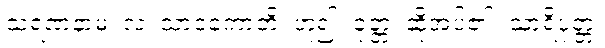
သရဏံနာမ၊ လ၊ သာဝကောတိ၊ ဟူ၍။ ဝုတ္တံ၊ ဆိုအပ်၏။ သာရိပုတ္တ၊